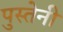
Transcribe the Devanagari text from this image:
पुस्तेनी